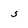
Character: S